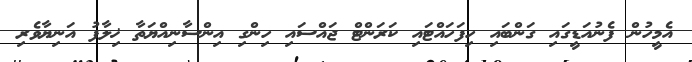
އެމީހުން ފެނުއަޑީގައި ގަންބައި ހިފަހައްޓައި ކަރަންޓް ޖައްސައި ހިންގި އިންސާނިއްޔަތާ ޚިލާފު އަނިޔާވެރި